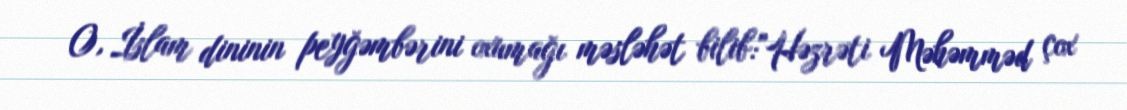
O, İslam dininin peyğəmbərini oxumağı məsləhət bilib:"Həzrəti Məhəmməd çox